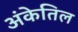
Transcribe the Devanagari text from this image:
अंकेतिल